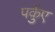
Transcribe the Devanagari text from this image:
पर्क़ुए